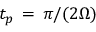
t _ { p } \, = \, \pi / ( 2 \Omega )